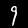
Digit: 9